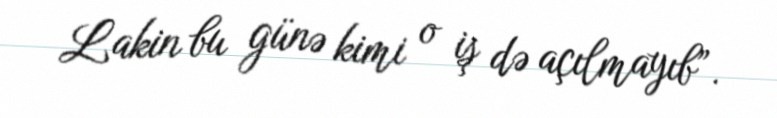
Lakin bu günə kimi o iş də açılmayıb”.